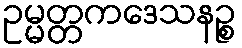
ဥမ္မတ္တကဒေသနဉ္စ